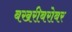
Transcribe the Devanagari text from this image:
बखरीबरोबर